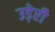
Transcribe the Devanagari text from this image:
उड़ेरी